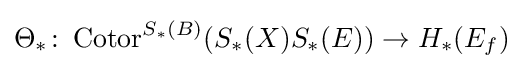
\Theta _{\ast }\colon \operatorname {Cotor} ^{S_{\ast }(B)}(S_{\ast }(X)S_{\ast }(E))\rightarrow H_{\ast }(E_{f})